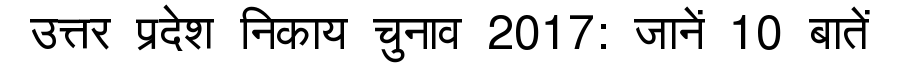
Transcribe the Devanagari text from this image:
उत्तर प्रदेश निकाय चुनाव 2017: जानें 10 बातें